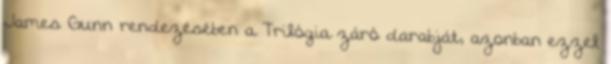
James Gunn rendezésében a Trilógia záró darabját, azonban ezzel